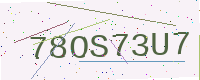
Text: 78OS73U7